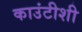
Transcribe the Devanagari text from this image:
काउंटीशी